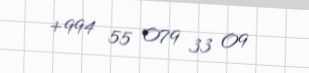
+994 55 079 33 09